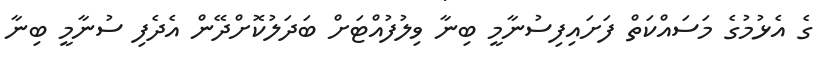
ގެ އެޅުމުގެ މަސައްކަތް ފަށައިފިސުނާމީ ބިނާ ވިލުފުއްޓަށް ބަދަލުކޮށްދޭން އެދެފި ސުނާމީ ބިނާ